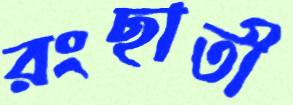
রংছাতী